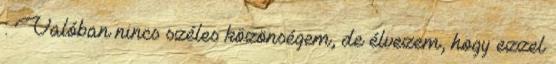
: Valóban nincs széles közönségem, de élvezem, hogy ezzel